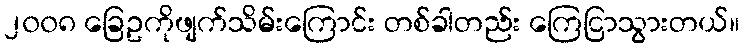
၂၀၀၈ ခြေဥကိုဖျက်သိမ်းကြောင်း တစ်ခါတည်း ကြေငြာသွားတယ်။